Report on vaccination North-West Frontier Province 1904-1922 - 1904-1922
Year: 1904
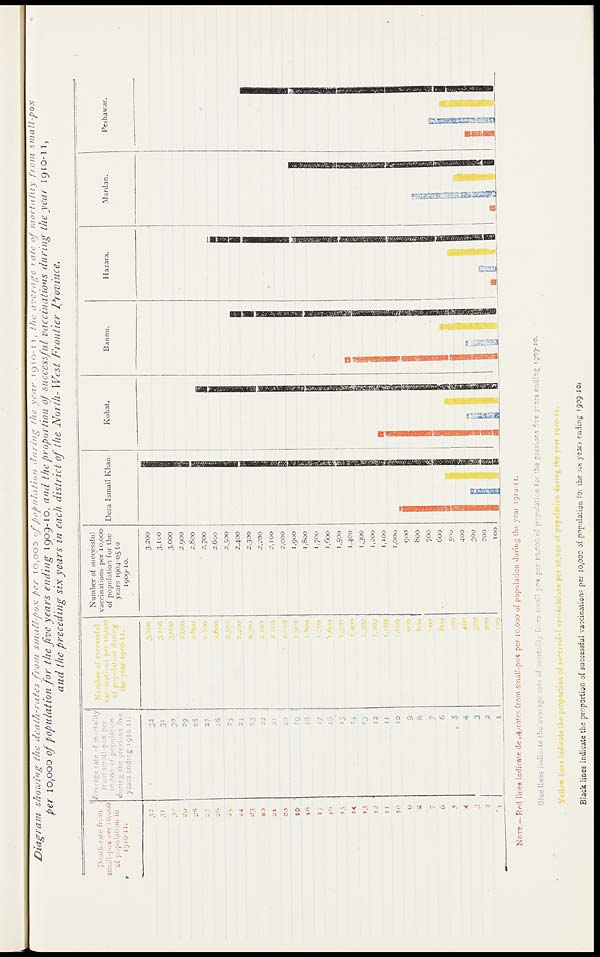
Diagram
showing the death-rates from small-pox per 10,000 of population during the year 1910-11, the average rate of mortality from small -pox
per 10,000 of population for the five years ending 1909-10, and the proportion of successful vaccinations during the year 1910-11,
and the preceding six years in each district of the North- West Frontier Province.